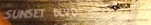
SUNSET BLVD